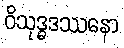
ဝိသုဒ္ဓဒဿနော